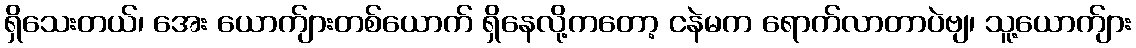
ရှိသေးတယ်၊ အေး ယောက်ျားတစ်ယောက် ရှိနေလို့ကတော့ ငနဲမက ရောက်လာတာပဲဗျ၊ သူ့ယောက်ျား